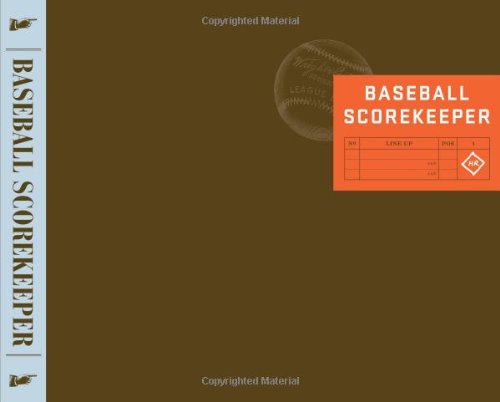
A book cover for Baseball Scorekeeper; Stuart Miller; Sports & Outdoors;